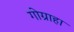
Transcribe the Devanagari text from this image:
गोग्राहा